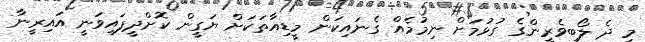
މި ދެ ލޯބިވެރީންގެ ގުޅުމަށް ނިމުމެއް ގެނައިކަން މީޑިއާތަކަށް ޔަގީން ކޮށްދީފައިވަނީ އައިރީނާ